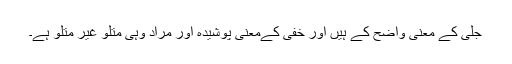
جلی کے معنی واضح کے ہیں اور خفی کےمعنی پوشیدہ اور مراد وہی متلو غیر متلو ہے۔